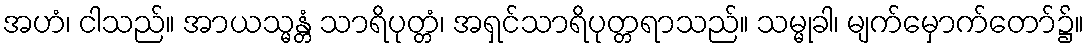
အဟံ၊ ငါသည်။ အာယသ္မန္တံ သာရိပုတ္တံ၊ အရှင်သာရိပုတ္တရာသည်။ သမ္မုခါ၊ မျက်မှောက်တော်၌။